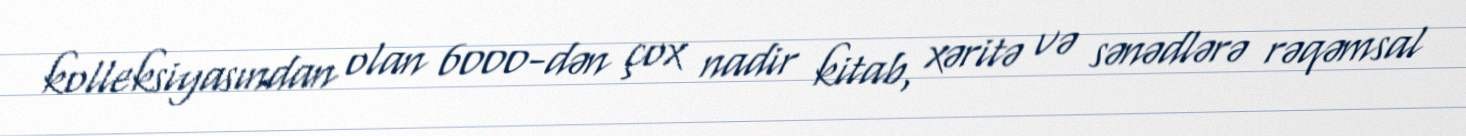
kolleksiyasından olan 6000-dən çox nadir kitab, xəritə və sənədlərə rəqəmsal